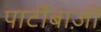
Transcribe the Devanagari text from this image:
पार्टीबाज़ी